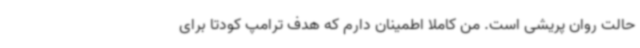
حالت روان پریشی است. من کاملا اطمینان دارم که هدف ترامپ کودتا برای